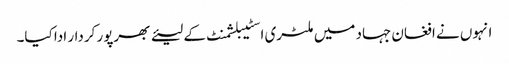
انہوں نے افغان جہاد میں ملٹری اسٹیبلشمنٹ کے لیئے بھرپور کردار ادا کیا۔